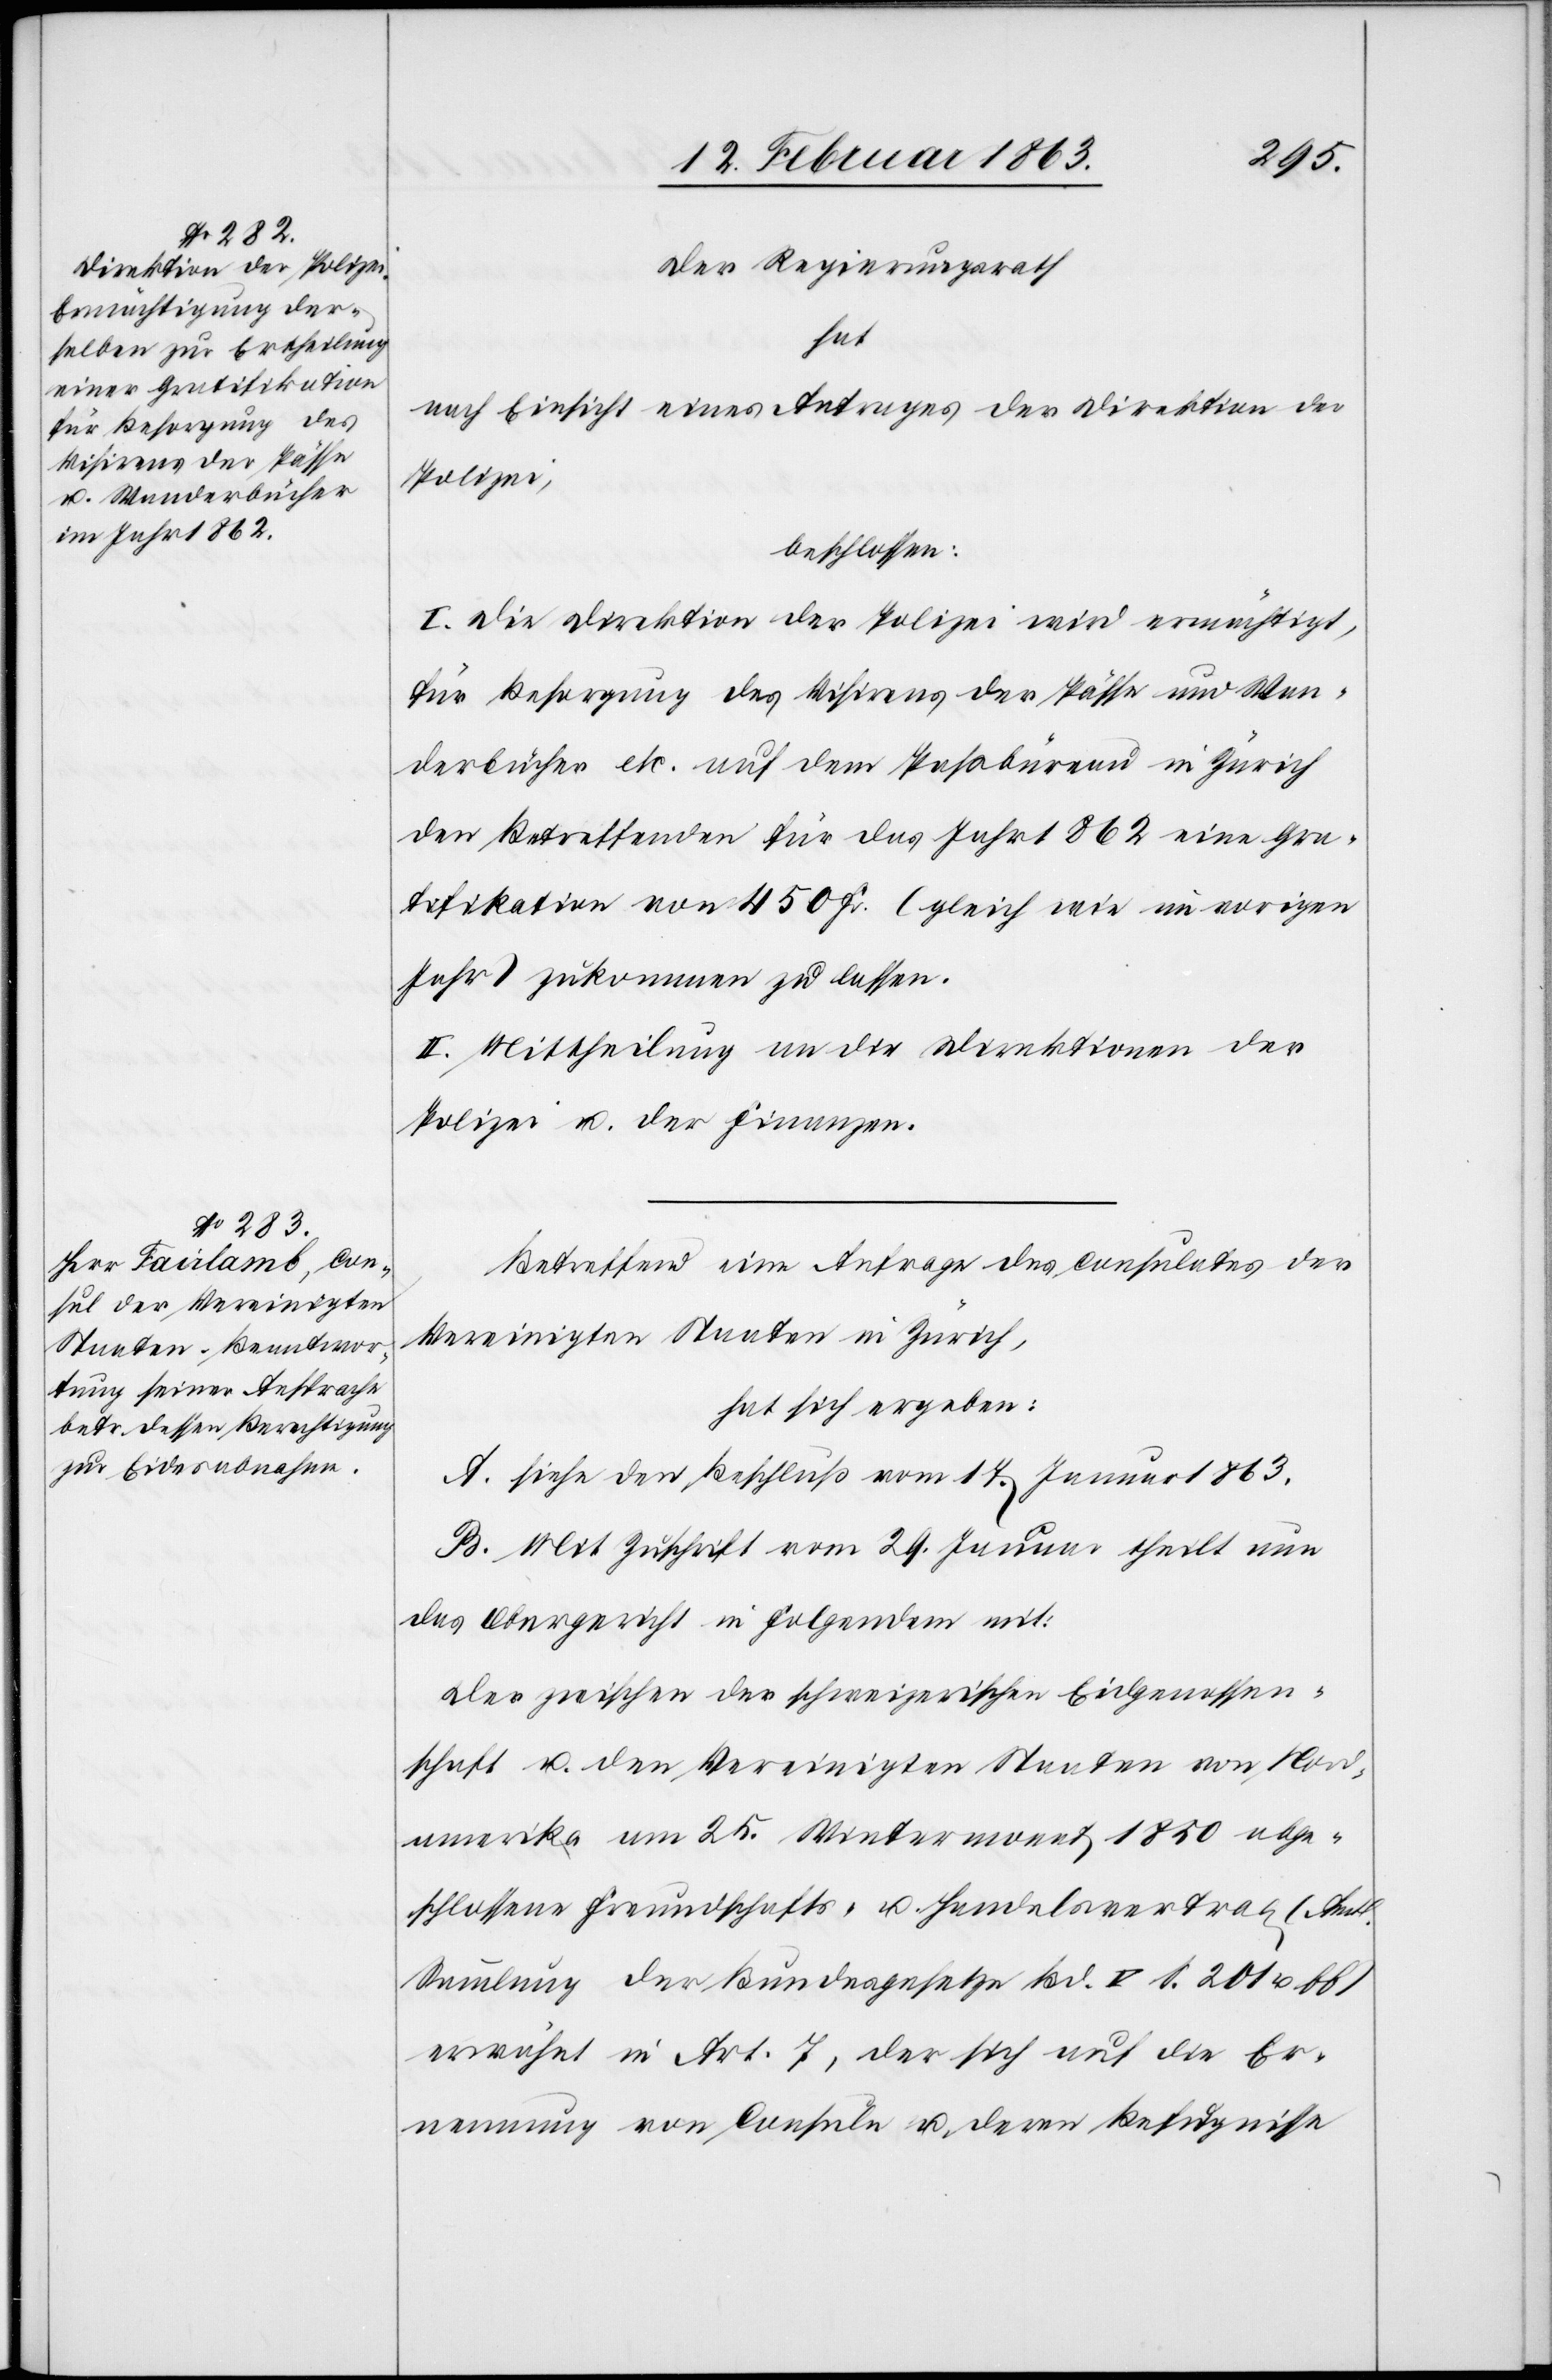
Der Regierungsrath
hat
nach Einsicht eines Antrages der Direktion der
Polizei,
beschlossen:
I. Die Direktion der Polizei wird ermächtigt,
für Besorgung des Visirens der Pässe und Wan¬
derbücher etc. auf dem Paßbüreau in Zürich
den Betreffenden für das Jahr 1862 eine Gra¬
tifikation von 450 Fr. (gleich wie im vorigen
Jahr) zukommen zu lassen.
II. Mittheilung an die Direktionen der
Polizei u. der Finanzen.
Betreffend eine Anfrage des Consulates der
Vereinigten Staaten in Zürich,
hat sich ergeben:
A. siehe den Beschluß vom 17. Januar 1863.
B. Mit Zuschrift vom 29. Januar theilt nun
das Obergericht in Folgendem mit:
Der zwischen der schweizerischen Eidgenossen¬
schaft u. den Vereinigten Staaten von Nord¬
amerika am 25. Wintermonat 1850 abge¬
schlossene Freundschafts- u. Handelsvertrag (Amtl.
Sammlung der Bundesgesetze Bd. V S. 201 u.
erwähnt in Art. 7, der sich auf die Er¬
nennung von Consuln u. deren Befugnisse